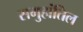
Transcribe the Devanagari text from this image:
समुहांतिल